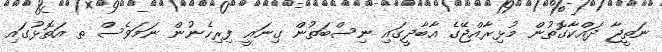
ނަތީޖާ ދައްކާގޮތުން މުޅިރާއްޖޭގެ އާބާދީގައި ނިސްބަތުން ގިނައީ ފިރިހެނުން ނަމަވެސް ތ އަތޮޅުގައި